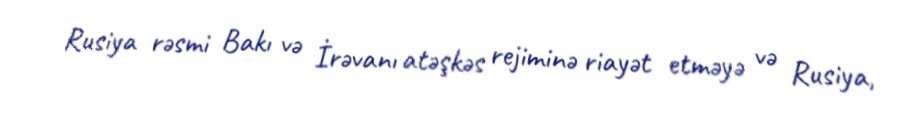
Rusiya rəsmi Bakı və İrəvanı atəşkəs rejiminə riayət etməyə və Rusiya,